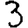
Digit: 3